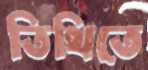
তিথিতে